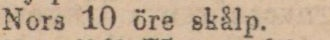
Nors 10 öre skålp.